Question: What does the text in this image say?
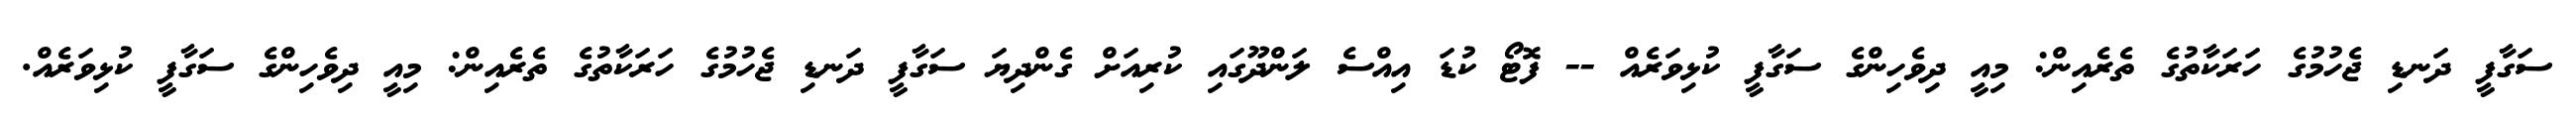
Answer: ސަގާފީ ދަނޑި ޖެހުމުގެ ހަރަކާތުގެ ތެރެއިން: މިއީ ދިވެހިންގެ ސަގާފީ ކުޅިވަރެއް -- ފޮޓޯ ކުޑަ އިއްސެ ލަންދޫގައި ކުރިއަށް ގެންދިޔަ ސަގާފީ ދަނޑި ޖެހުމުގެ ހަރަކާތުގެ ތެރެއިން: މިއީ ދިވެހިންގެ ސަގާފީ ކުޅިވަރެއް.